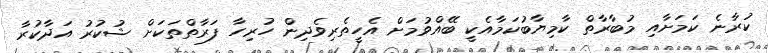
ކުރާނެ ކަމަށާއި މުބާރާތް ކާމިޔާބުކަމާއެކީ ބޭއްވުމަށް އެހީތެރިވެދިން ހުރިހާ ފަރާތްތަކަށް ޝުކުރު އަދާކުރާ